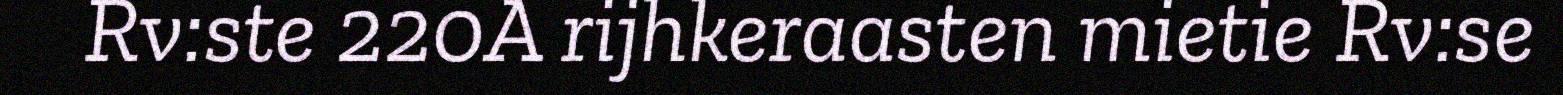
Rv:ste 220A rijhkeraasten mietie Rv:se